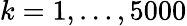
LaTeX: k=1,\ldots,5000